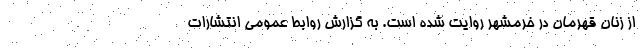
از زنان قهرمان در خرمشهر روایت شده است. به گزارش روابط عمومی انتشارات